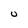
Character: U